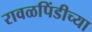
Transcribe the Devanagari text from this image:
रावळपिंडीच्या